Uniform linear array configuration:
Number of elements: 32
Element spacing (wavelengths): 0.5
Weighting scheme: cosine
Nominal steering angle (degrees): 15
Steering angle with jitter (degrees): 15.233
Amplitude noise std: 0.05
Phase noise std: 0.05

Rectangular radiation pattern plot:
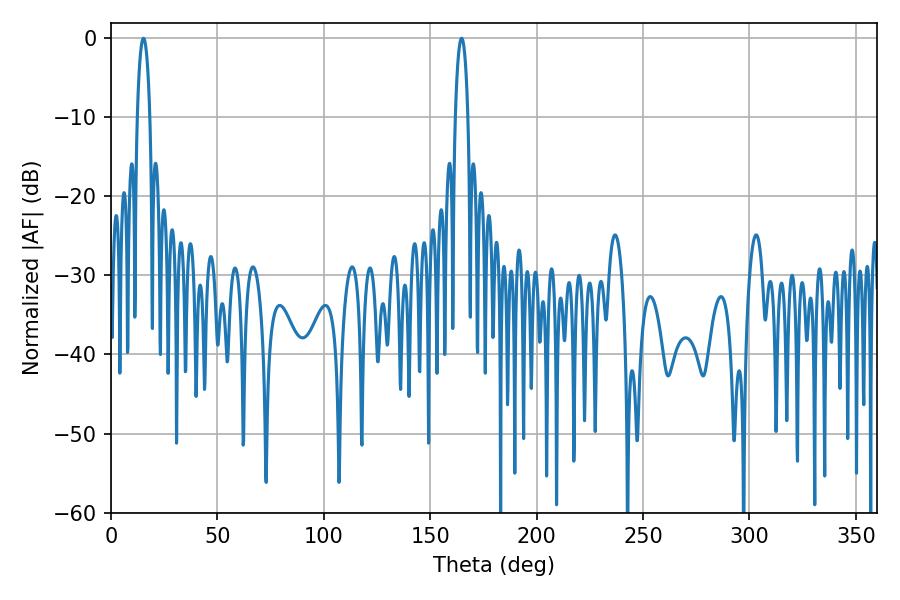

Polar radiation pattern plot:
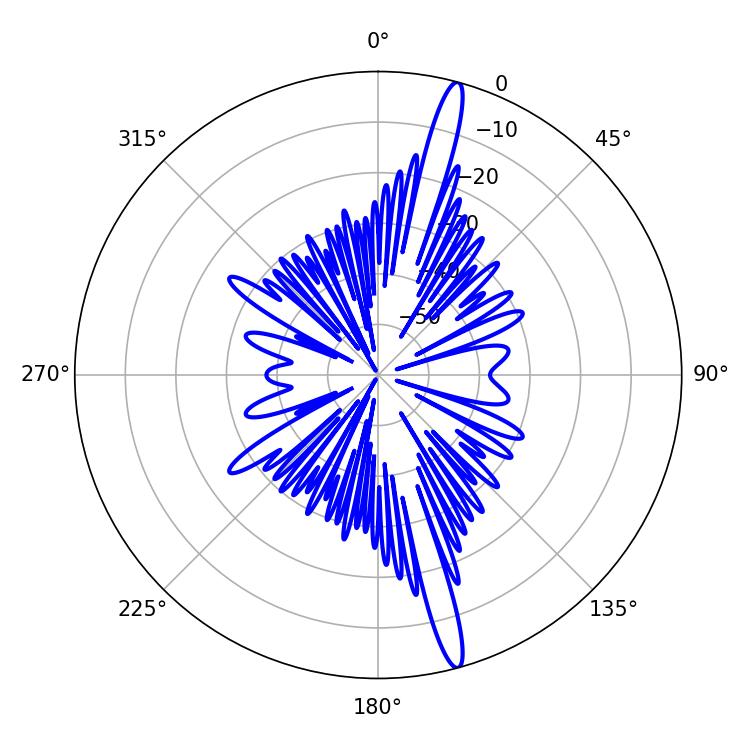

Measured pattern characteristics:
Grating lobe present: FALSE
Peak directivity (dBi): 17.676
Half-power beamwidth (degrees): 3.24
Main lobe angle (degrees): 164.7